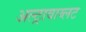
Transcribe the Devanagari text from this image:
अल्ट्रावाय्लट